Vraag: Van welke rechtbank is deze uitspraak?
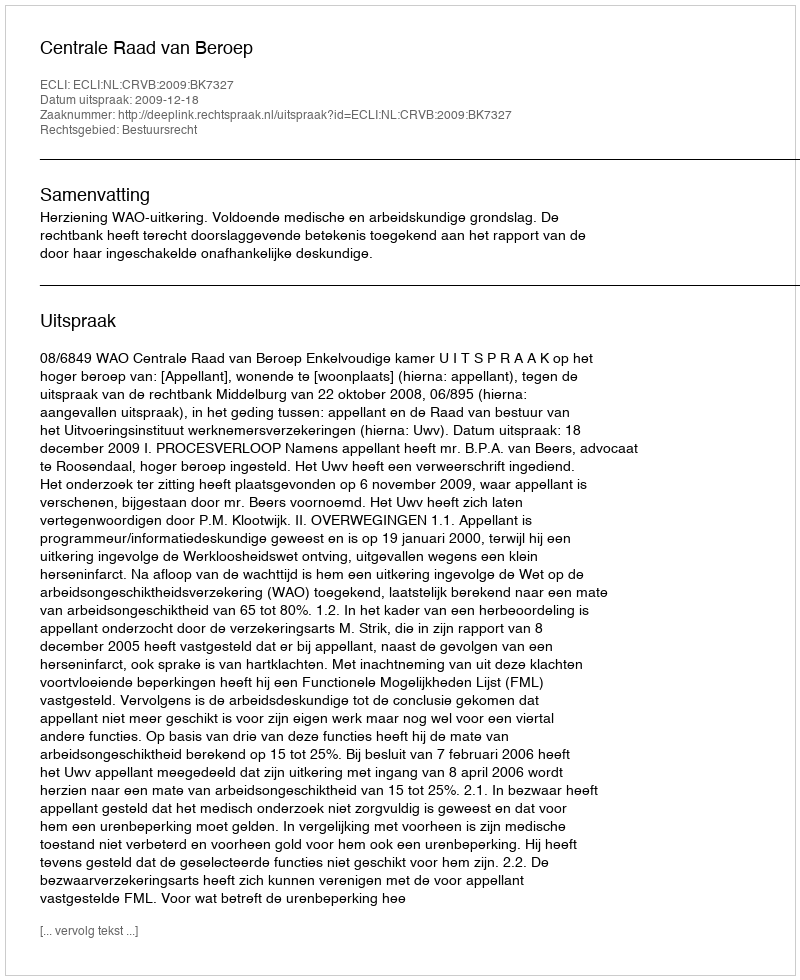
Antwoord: Centrale Raad van Beroep